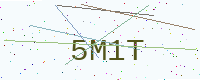
Text: 5M1T